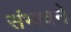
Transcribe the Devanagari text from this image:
संभावने